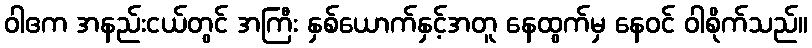
ဝါဧက အနည်းငယ်တွင် အကြီး နှစ်ယောက်နှင့်အတူ နေထွက်မှ နေဝင် ဝါစိုက်သည်။